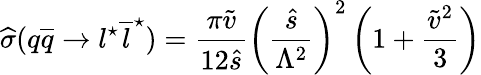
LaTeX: \widehat{\sigma}(q\overline{{{q}}}\rightarrow l^{\star}\overline{{{l}}}^{\star})=\frac{\pi\widetilde{v}}{12\widehat{s}}\left(\frac{\widehat{s}}{\Lambda^{2}}\right)^{2}\left(1+\frac{\widetilde{v}^{2}}{3}\right)